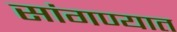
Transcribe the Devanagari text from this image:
सांगण्‍यात